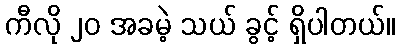
ကီလို ၂၀ အခမဲ့ သယ် ခွင့် ရှိပါတယ်။